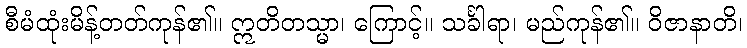
စီမံထုံးမိန့်တတ်ကုန်၏။ ဣတိတသ္မာ၊ ကြောင့်။ သင်္ခါရာ၊ မည်ကုန်၏။ ဝိဇာနာတိ၊